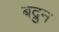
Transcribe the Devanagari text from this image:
बद्रुन